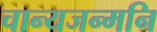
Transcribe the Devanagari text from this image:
चान्यजन्मनि